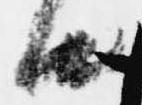
由